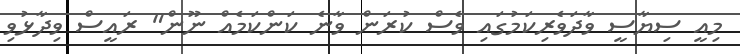
މިއީ ސިޔާސީ ވާދަވެރިކަމުގައި ވެސް ކުރަން ވާނެ ކަންކަމެއް ނޫން" ރައީސް ވިދާޅުވި